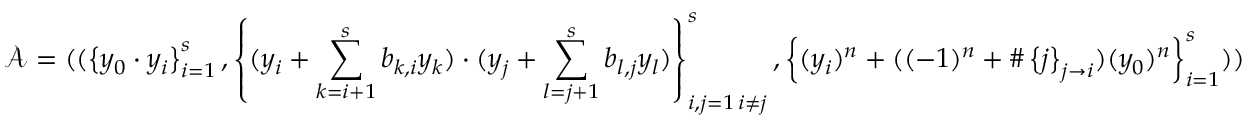
\mathcal { A } = ( ( \left\{ y _ { 0 } \cdot y _ { i } \right\} _ { i = 1 } ^ { s } , \left\{ ( y _ { i } + \sum _ { k = i + 1 } ^ { s } b _ { k , i } y _ { k } ) \cdot ( y _ { j } + \sum _ { l = j + 1 } ^ { s } b _ { l , j } y _ { l } ) \right\} _ { \substack { i , j = 1 \, i \neq j } } ^ { s } , \left\{ ( y _ { i } ) ^ { n } + ( ( - 1 ) ^ { n } + \# \left\{ j \right\} _ { j \rightarrow i } ) ( y _ { 0 } ) ^ { n } \right\} _ { i = 1 } ^ { s } ) )